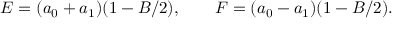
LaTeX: E = ( a _ { 0 } + a _ { 1 } ) ( 1 - B / 2 ) , \qquad F = ( a _ { 0 } - a _ { 1 } ) ( 1 - B / 2 ) .